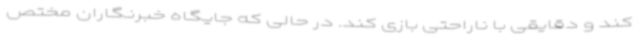
کند و دقایقی با ناراحتی بازی کند. در حالی که جایگاه خبرنگاران مختص